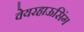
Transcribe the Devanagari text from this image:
वेयरहाऊसिंग